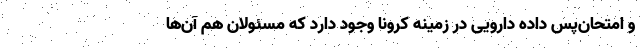
و امتحان‌پس داده دارویی در زمینه کرونا وجود دارد که مسئولان هم آن‌ها